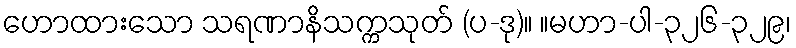
ဟောထားသော သရဏာနိသက္ကသုတ် (ပ-ဒု)။ ။မဟာ-ပါ-၃၂၆-၃၂၉၊